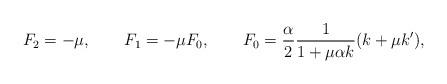
LaTeX: \begin{align*}F_2 = - \mu, \qquad F_1 = - \mu F_0, \qquad F_0 =\frac{\alpha}{2} \frac{1}{1 + \mu \alpha k} ( k + \mu k'),\end{align*}